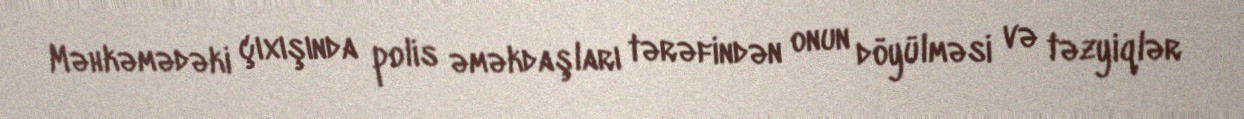
Məhkəmədəki çıxışında polis əməkdaşları tərəfindən onun döyülməsi və təzyiqlər